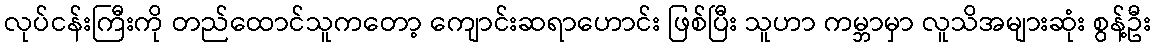
လုပ်ငန်းကြီးကို တည်ထောင်သူကတော့ ကျောင်းဆရာဟောင်း ဖြစ်ပြီး သူဟာ ကမ္ဘာမှာ လူသိအများဆုံး စွန့်ဦး